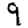
Digit: 9